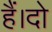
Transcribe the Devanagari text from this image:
हैं।दो